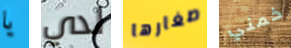
يا لدي صغارها خمني